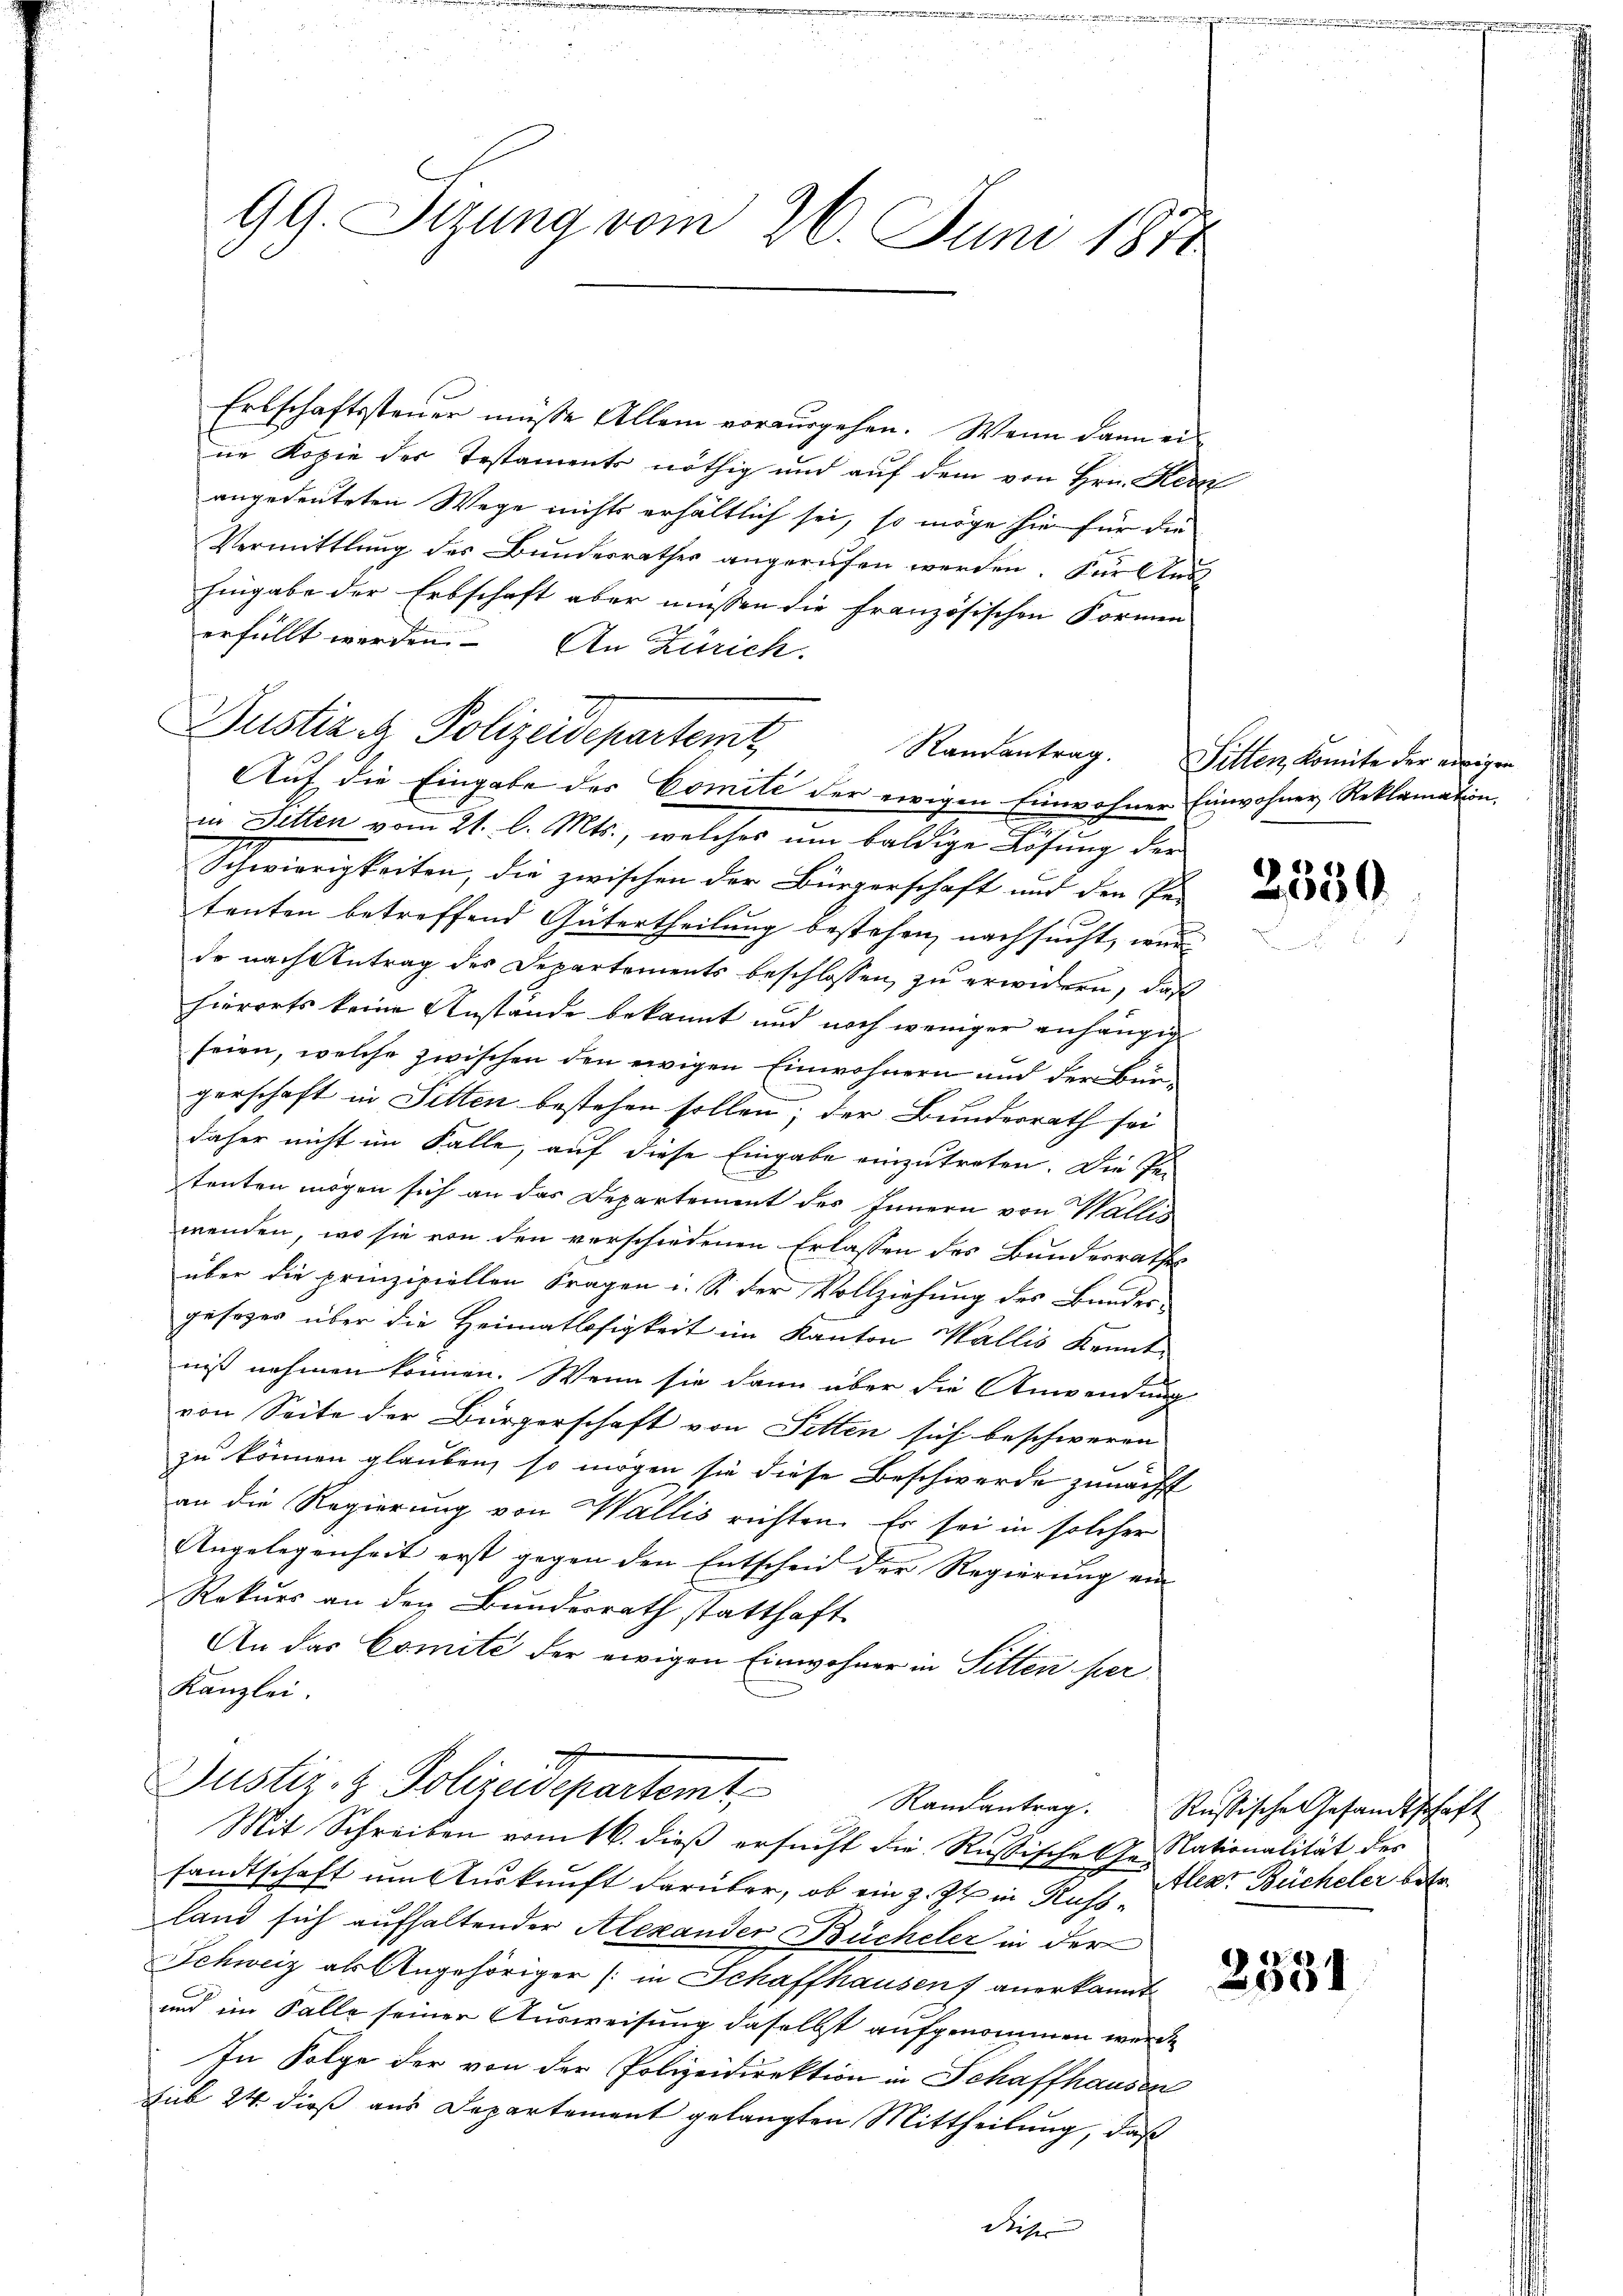
99. Sizung vom 26. Juni 1874

Erlschaftssteuer müsse Allem vorausgehen. Wenn dann ei
ne Kopie des Testaments nöthig und auf dem von Hrn. Kern
angedeuteten Wege nichts erhältlich sei, so möge sie für die
Vermittlung des Bundesrathes angerufen werden. Für Aus
hingabe der Erbschaft aber müssen die französischen Formen
erfüllt werden. An Zürich.
Auf die Eingabe des Comité der ewigen Einwohner Einwohner Reklamation.
in Fetten vom 21. l. Mts., welches um baldige Lösung der
Schwierigkeiten, die zwischen der Bürgerschaft und den Pe-
tenten betreffend Gütertheilung bestehen, nachsucht, wur
de nach Antrag des Departements beschlossen, zu erwidern, daß
hierorts keine Anstände bekannt und noch weniger anhängig
seien, welche zwischen den ewigen Einwohnern und der Bürgerschaft in Sitten bestehen sollen; der Bundesrath sei
daher nicht im Falle, auf diese Eingabe einzutreten. Die Pe-
tenten mögen sich an das Departement des Innern von Wallis
wenden, wo sie von den verschiedenen Erlassen des Bundesrathes
über die prinzipiellen Fragen i. S. der Vollziehung des Bundes-
gesezes über die Heimatlosigkeit im Kanton Wallis Kenntniß nehmen können. Wenn sie dann über die Anwendung
von Seite der Bürgerschaft von Sitten sich beschweren
zu können glauben, so mögen sie diese Beschwerde zunächst
an die Regierung von Wallis richten. Es sei in solcher
Angelegenheit erst gegen den Entscheid der Regierung ein
Rekurs an den Bundesrath statthaft.
An das Comite der ewigen Einwohner in Sitten per
Kanzlei.
Justiz- & Polizeidepartemt,
Randantrag. Russische Gesandtschaft
Mit Schreiben vom 16. dieß ersucht die Russische Ge-Nationalität des
sandtschaft um Auskunft darüber, ob ein z. Zt. in Kuss aller Bücheler betr
land sich aufhaltender Alexander Bücheler in der
Schweiz als Angehöriger (in Schaffhausen, anerkannt
und im Falle seiner Ausweisung daselbst aufgenommen werde
In Folge der von der Polizeidirektion in Schaffhausen
sub 24. dieß aus Departement gelangten Mittheilung, daß

Justiz i Polizeidepartemt

Randantrag. Sitten Komite der einiger

2350.